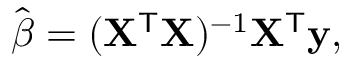
{ \hat { \boldsymbol { \beta } } } = ( \mathbf { X } ^ { \mathsf { T } } \mathbf { X } ) ^ { - 1 } \mathbf { X } ^ { \mathsf { T } } \mathbf { y } ,